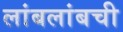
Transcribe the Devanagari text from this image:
लांबलांबची